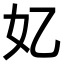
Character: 𫰆